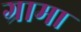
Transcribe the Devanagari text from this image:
ग्रामा